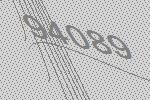
94089